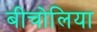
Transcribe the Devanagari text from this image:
बीचोलिया